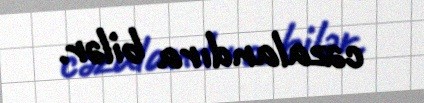
cəzalandıra bilər.